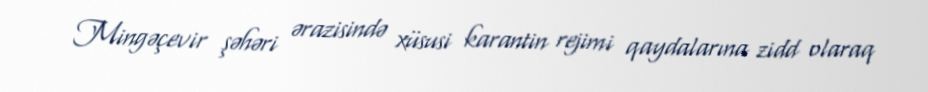
Mingəçevir şəhəri ərazisində xüsusi karantin rejimi qaydalarına zidd olaraq